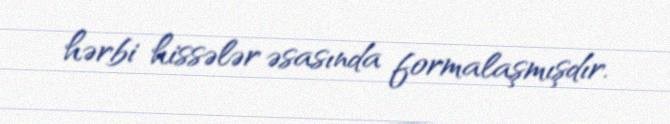
hərbi hissələr əsasında formalaşmışdır.